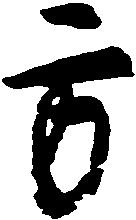
方